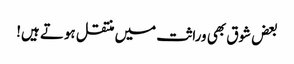
بعض شوق بھی وراثت میں منتقل ہوتے ہیں!